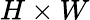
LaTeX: H\times W